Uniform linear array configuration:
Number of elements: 64
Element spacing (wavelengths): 0.5
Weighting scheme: blackman
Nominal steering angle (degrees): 15
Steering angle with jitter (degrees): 15.057
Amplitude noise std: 0.05
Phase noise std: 0.05

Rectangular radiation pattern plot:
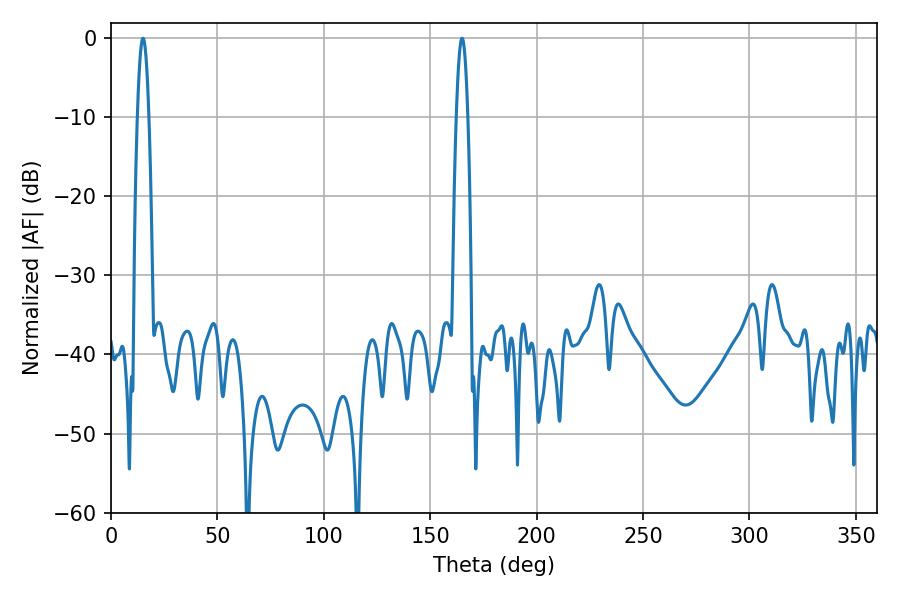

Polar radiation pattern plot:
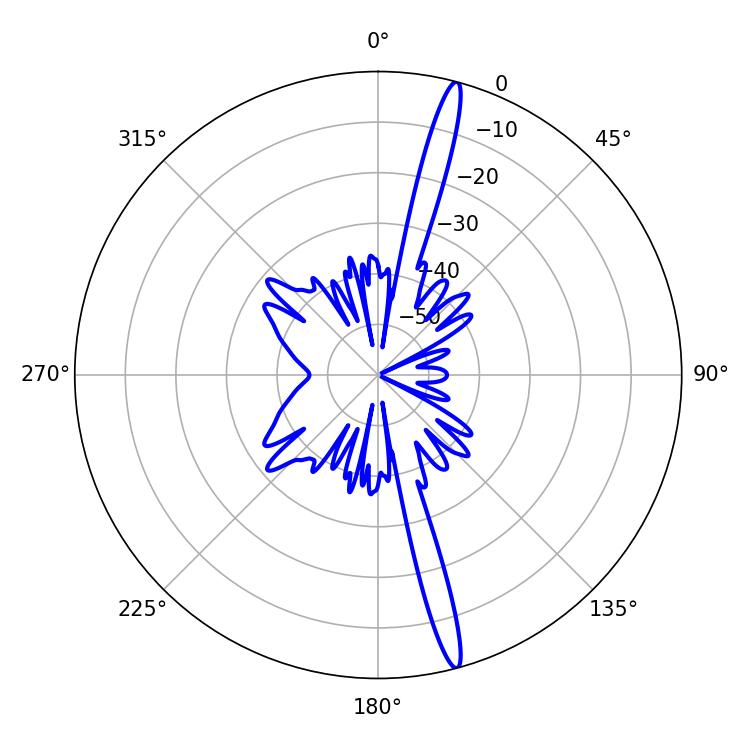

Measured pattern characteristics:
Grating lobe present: FALSE
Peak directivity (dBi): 18.353
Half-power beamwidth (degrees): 2.88
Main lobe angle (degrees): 15.12